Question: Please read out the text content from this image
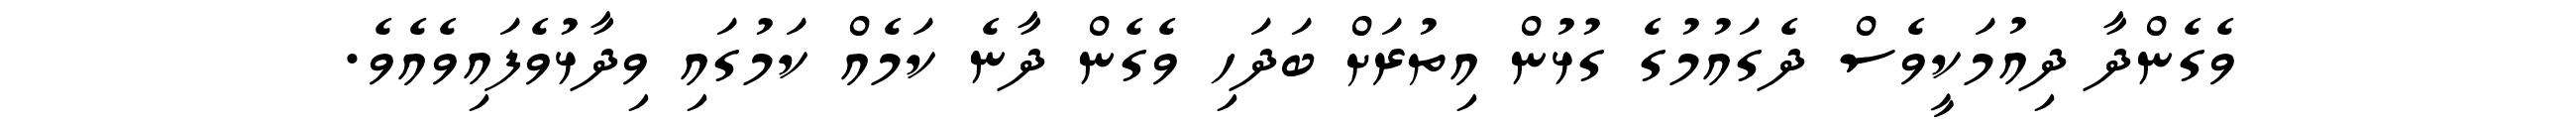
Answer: ވެގެންދާ ދިއުމަކީވެސް ދެގައުމުގެ ގުޅުން އިތުރަށް ބަދަހި ވެގެން ދާނެ ކަމެއް ކަމުގައި ވިދާޅުވެފައިވެއެވެ.